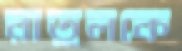
রাতুলকে